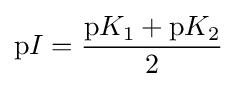
\mathrm {p} I={\frac {\mathrm {p} K_{1}+\mathrm {p} K_{2}}{2}}